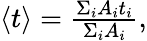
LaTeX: \begin{array}{r}{\langle t\rangle=\frac{\Sigma_{i}A_{i}t_{i}}{\Sigma_{i}A_{i}},}\end{array}